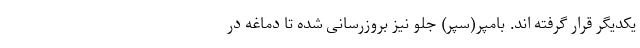
یکدیگر قرار گرفته اند. بامپر(سپر) جلو نیز بروزرسانی شده تا دماغه در